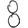
Digit: 8